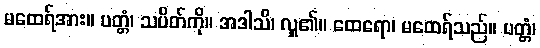
မထေရ်အား။ ပတ္တံ၊ သပိတ်ကို။ အဒါသိ၊ လှူ၏။ ထေရော၊ မထေရ်သည်။ ပတ္တံ၊